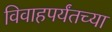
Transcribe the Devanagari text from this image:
विवाहपर्यंतच्या